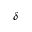
\delta